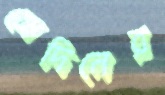
সেদিনের